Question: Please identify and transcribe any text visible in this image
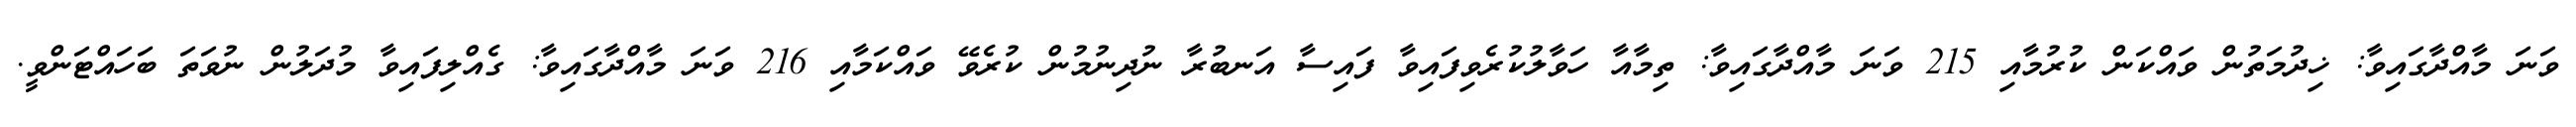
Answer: ވަނަ މާއްދާގައިވާ: ޚިދުމަތުން ވައްކަން ކުރުމާއި 215 ވަނަ މާއްދާގައިވާ: ތިމާއާ ހަވާލުކުރެވިފައިވާ ފައިސާ އަނބުރާ ނުދިނުމުން ކުރެވޭ ވައްކަމާއި 216 ވަނަ މާއްދާގައިވާ: ގެއްލިފައިވާ މުދަލުން ނުވަތަ ބަހައްޓަންވީ.